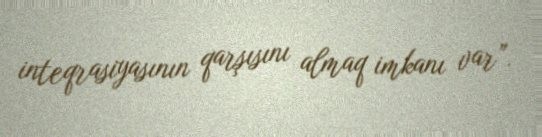
inteqrasiyasının qarşısını almaq imkanı var”.